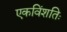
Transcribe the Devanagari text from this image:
एकविंशतिः